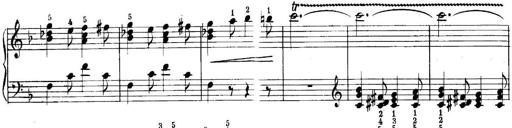
Title: Quatres sonatines
Composer: Tadeusz Joteyko